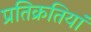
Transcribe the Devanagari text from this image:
प्रतिक्रतियां